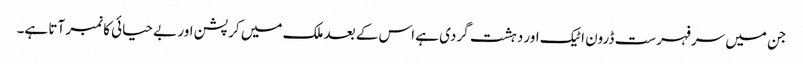
جن میں سرفہرست ڈرون اٹیک اور دہشت گردی ہے اس کے بعد ملک میں کرپشن اور بے حیائی کا نمبر آتا ہے۔